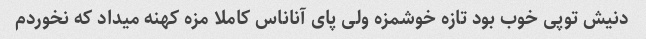
دنیش توپی خوب بود تازه خوشمزه ولی پای آناناس کاملا مزه کهنه میداد که نخوردم